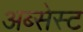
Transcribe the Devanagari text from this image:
अब्सेस्ट